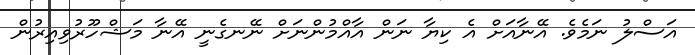
އަސްލު ނަމެވެ. އޭނާއަށް އެ ކިޔާ ނަން އާއްމުންނަށް ނޭނގެނީ އޭނާ މަޝްހޫރުވިއިރުން